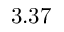
3 . 3 7